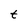
Character: t